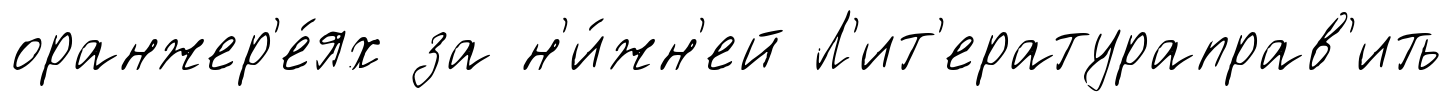
оранжер'е́ях за н'и́жн'ей Л'ит'ератураправ'ить